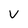
Character: V